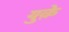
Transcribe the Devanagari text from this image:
युक़े